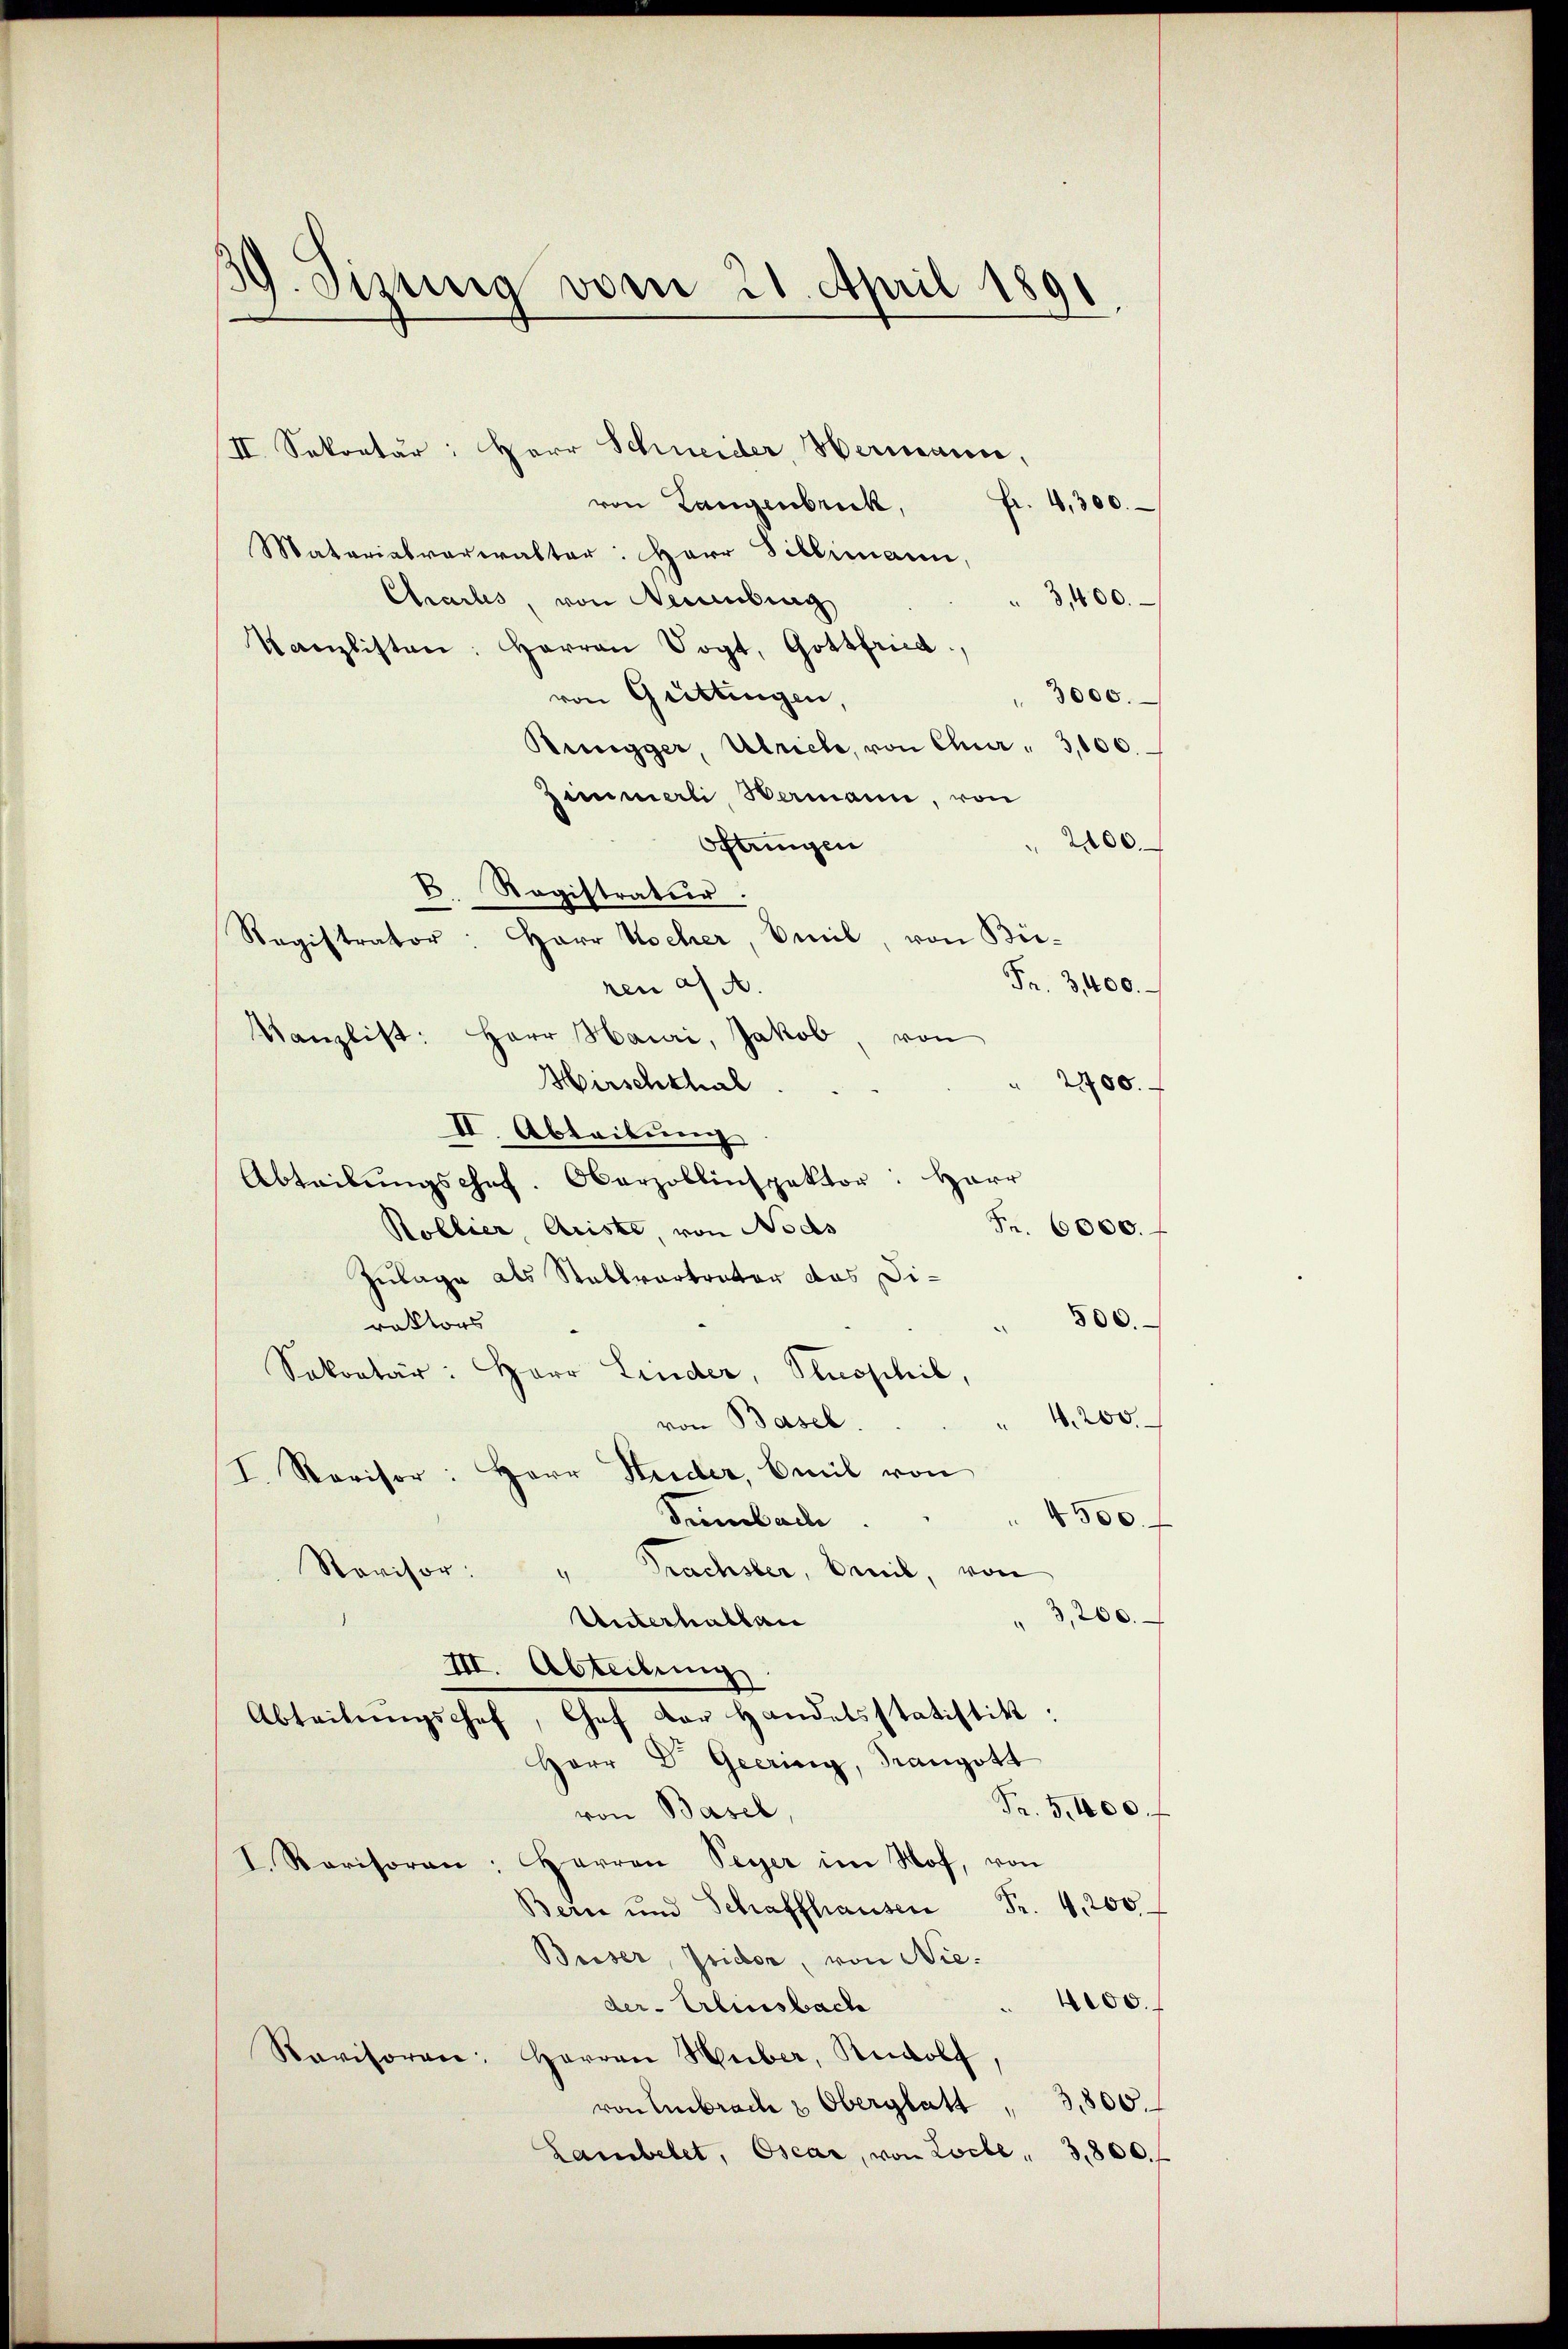
39. Sizung vom 21. April 1891

II. Sekretär: Herr Schneider, Hermann,
von Langenbruck,
fr. 4,300.
Materialverwalter: Herr Biblimann,
Chailes, von Neuenburg
3400.
Kanzlisten: Herren Vogt, Gottfried,
von Gattingen,
3000.
Ringger, Ulriche, von Chur " 3,000.
Zimmerli, Hermann, von
2200.
Oftungen
6. Registratur.
Registrator: Herr Wocher, Emil, von Bei-
Fr. 3400.
ren af A.
Kanzlist: Herr Hauri, Jakob, von
Hirschthal
" 2400.
II. Ableibung
Abteilŭngschef. Oberzollinspektor: Herr
Fr. 6000.
Koblier, Ariste, von Nods
Zulage als Stallvertrator das Di¬
500.
rektors
Sekretär: Herr Linder, Proschil,
4200.
von Basel.
I. Revisor: Herr Huder, Emil von
300.
Tumbach
Revisor:
Prachster, beeil, von
3,200.
Unterhalban
III. Abteilung
Abteilŭngschef, Gef der Handelsstatistik:
Herr Dr. Geering, Trangott
Pr. 5400. f
von Basel
I. Revisoren: Herren Peyer im Nof, von
Bern und Schraffhausen Fr. 4,200
Beiser, Isidor, von Nie¬
4000.
der Erbensbach
Ravisoren: Herren Huber, Rudolf,
3,800.
von Embrach & Oberglatt,
Lambelet, Oscar, von Loche  3,800.